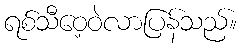
ရစ်သီဝေ့ဝဲလာပြန်သည်။